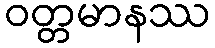
ဝတ္တမာနဿ